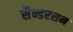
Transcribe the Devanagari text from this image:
सैन्डरसन